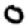
Digit: 0